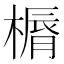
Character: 𣘣